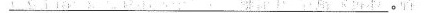
___。